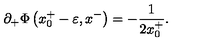
\partial _ { + } \Phi \left( x _ { 0 } ^ { + } - \varepsilon , x ^ { - } \right) = - { \frac { 1 } { 2 x _ { 0 } ^ { + } } } .